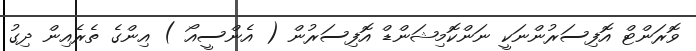
ވޮރަންޓް އޮފިސަރުންނަކީ ނަންކޮމިޝަންޑް އޮފިސަރުން ( އެންސީއޯ ) އިންގެ ތެރެއިން ދިގު